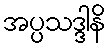
အပ္ပသဒ္ဒါနိ